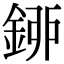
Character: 𨦰